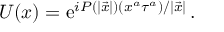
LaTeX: U ( x ) = \mathrm { e } ^ { i P ( | { \vec { x } } | ) ( x ^ { a } \tau ^ { a } ) / | { \vec { x } } | } \, .